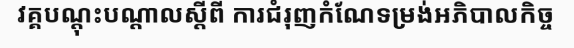
វគ្គបណ្តុះបណ្តាលស្តីពី ការជំរុញកំណែទម្រង់អភិបាលកិច្ច